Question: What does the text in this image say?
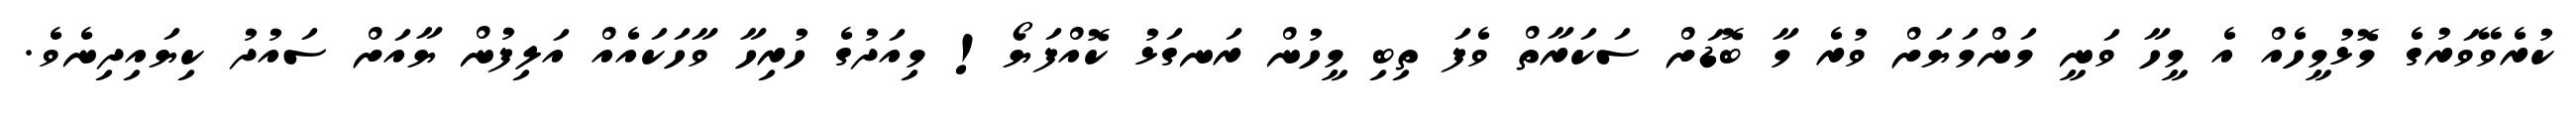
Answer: ކުރެވޭވަރުގެ މޮޅުމީހެއް އެ މީހާ ވަނީ މަންމަޔަށް ވުރެ މާ ބޮޑަށް ސަކަރާތް ވެފަ ތިބި މީހުން ރަނގަޅު ކޮއްފަޔޯ! މިއަދުގެ ހުރިހާ ވާހަކައެއް އަލިފުން ޔާއަށް ސައުދު ކިޔައިދިނެވެ.